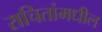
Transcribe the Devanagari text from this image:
राचितांमधील